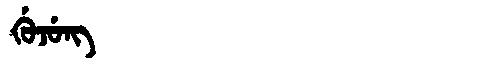
Manchu: ᡤᡠᠵᡠᠩ
Romanization: GUJUNG